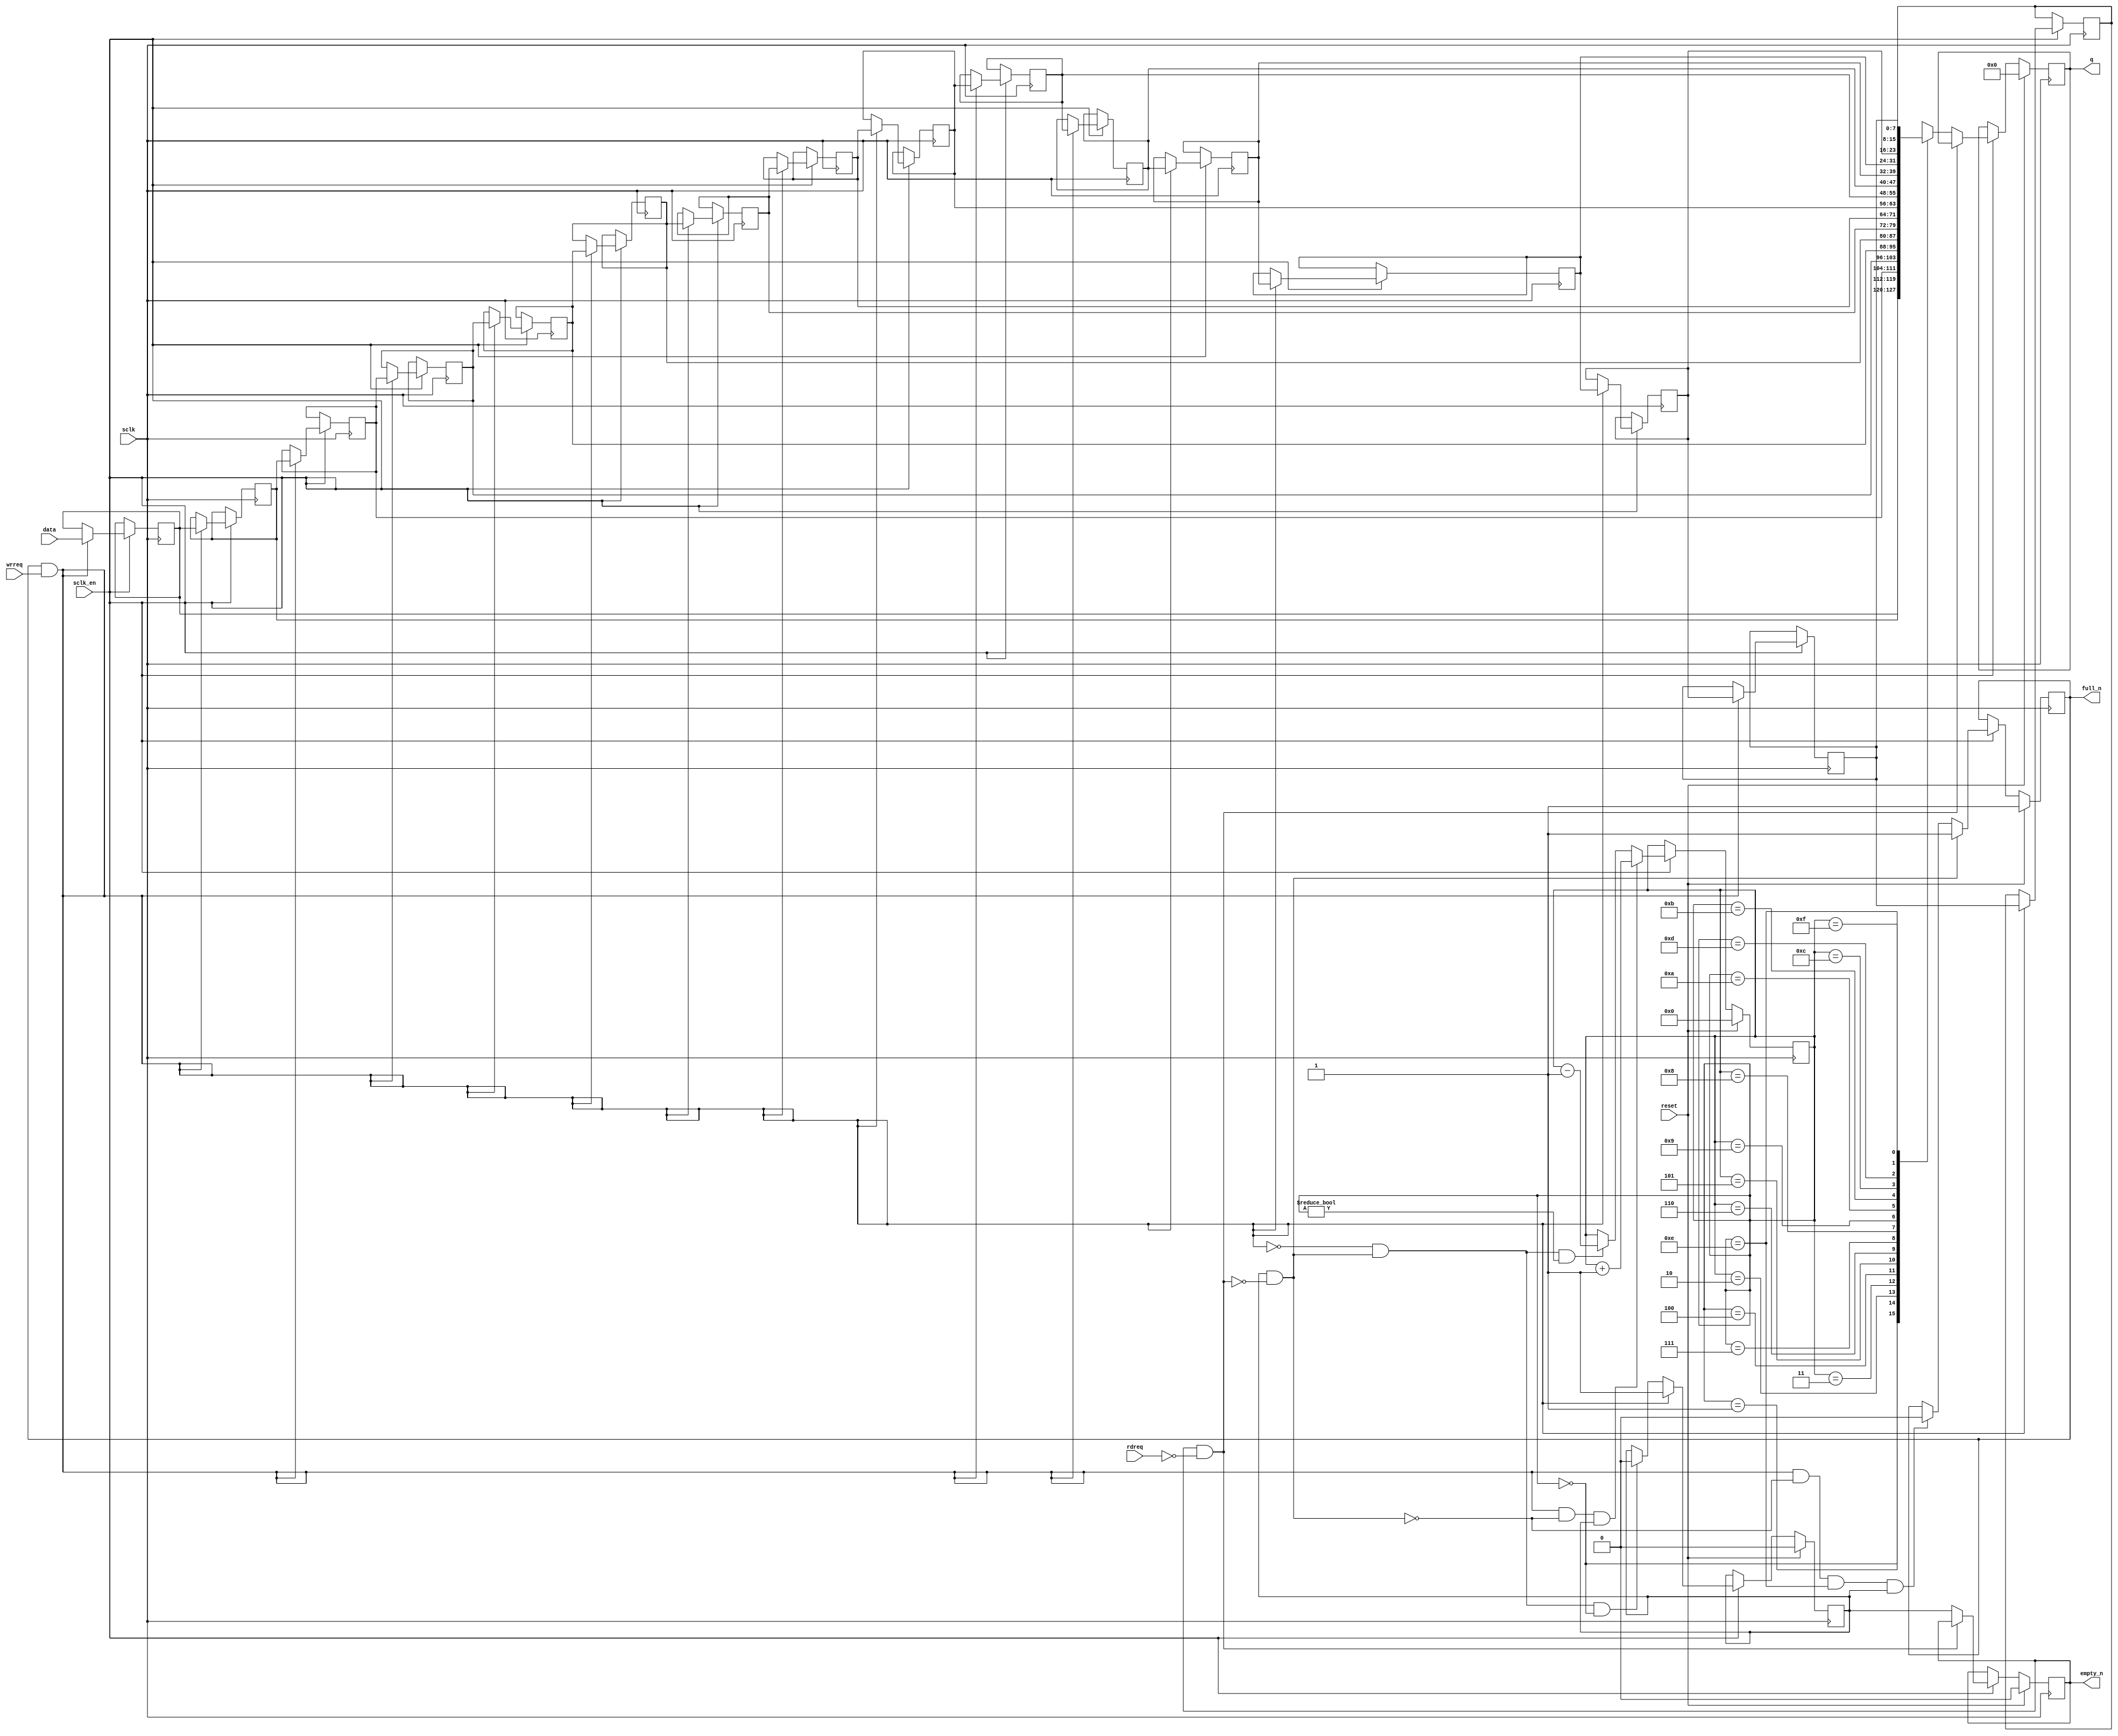
module filesystem_encrypt_buffer_V_m_axi_fifo
#(parameter
    DATA_BITS  = 8,
    DEPTH      = 16,
    DEPTH_BITS = 4
)(
    input  wire                 sclk,
    input  wire                 reset,
    input  wire                 sclk_en,
    output reg                  empty_n,
    output reg                  full_n,
    input  wire                 rdreq,
    input  wire                 wrreq,
    output reg  [DATA_BITS-1:0] q,
    input  wire [DATA_BITS-1:0] data
);
wire                  push;
wire                  pop;
wire                  full_cond;
reg                   data_vld;
reg  [DEPTH_BITS-1:0] pout;
reg  [DATA_BITS-1:0]  mem[0:DEPTH-1];
assign push = full_n & wrreq;
assign pop  = data_vld & (~(empty_n & ~rdreq));
if (DEPTH >= 2) begin
assign full_cond = push && ~pop && pout == DEPTH - 2 && data_vld;
end else begin
assign full_cond = push && ~pop;
end
always @(posedge sclk)
begin
    if (reset)
        q <= 0;
    else if (sclk_en) begin
        if (~(empty_n & ~rdreq))
            q <= mem[pout];
    end
end
always @(posedge sclk)
begin
    if (reset)
        empty_n <= 1'b0;
    else if (sclk_en) begin
        if (~(empty_n & ~rdreq))
            empty_n <= data_vld;
    end
end
always @(posedge sclk)
begin
    if (reset)
        data_vld <= 1'b0;
    else if (sclk_en) begin
        if (push)
            data_vld <= 1'b1;
        else if (~push && pop && pout == 1'b0)
            data_vld <= 1'b0;
    end
end
always @(posedge sclk)
begin
    if (reset)
        full_n <= 1'b1;
    else if (sclk_en) begin
        if (pop)
            full_n <= 1'b1;
        else if (full_cond)
            full_n <= 1'b0;
    end
end
always @(posedge sclk)
begin
    if (reset)
        pout <= 1'b0;
    else if (sclk_en) begin
        if (push & ~pop & data_vld)
            pout <= pout + 1'b1;
        else if (~push && pop && pout != 1'b0)
            pout <= pout - 1'b1;
    end
end
integer i;
always @(posedge sclk)
begin
    if (sclk_en) begin
        if (push) begin
            for (i = 0; i < DEPTH - 1; i = i + 1) begin
                mem[i+1] <= mem[i];
            end
            mem[0] <= data;
        end
    end
end
endmodule